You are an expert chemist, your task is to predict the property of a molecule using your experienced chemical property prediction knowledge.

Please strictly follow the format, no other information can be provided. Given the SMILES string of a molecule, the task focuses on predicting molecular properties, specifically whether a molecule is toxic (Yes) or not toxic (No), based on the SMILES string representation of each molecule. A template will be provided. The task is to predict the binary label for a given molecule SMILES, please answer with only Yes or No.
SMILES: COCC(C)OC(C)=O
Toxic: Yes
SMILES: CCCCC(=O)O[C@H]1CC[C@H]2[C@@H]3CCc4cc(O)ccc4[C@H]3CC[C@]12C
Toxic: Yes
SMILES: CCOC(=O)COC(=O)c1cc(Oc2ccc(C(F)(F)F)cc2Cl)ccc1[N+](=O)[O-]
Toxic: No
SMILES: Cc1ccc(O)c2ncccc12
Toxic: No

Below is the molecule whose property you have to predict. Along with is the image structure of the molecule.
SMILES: C#CC1(O)CC[C@H]2[C@@H]3CCC4=CC(=O)CC[C@@H]4[C@H]3CC[C@@]21CC
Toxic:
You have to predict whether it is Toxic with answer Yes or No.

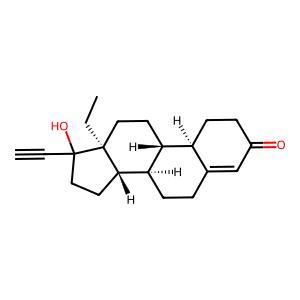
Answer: Yes